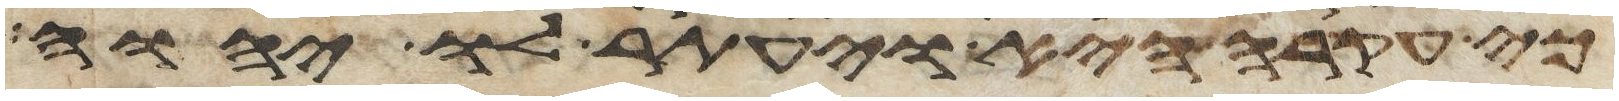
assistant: כי עקרה היא ויעתר לו יהוה